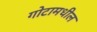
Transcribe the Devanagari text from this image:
गोटामधील